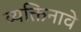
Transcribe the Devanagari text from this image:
व्यक्तिनावे